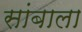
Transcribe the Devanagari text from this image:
सांबाला